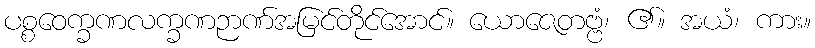
ပစ္စဝေက္ခဏလက္ခဏဉာဏ်အမြင်တိုင်အောင်။ ယောဇေတဗ္ဗံ၊ ၏။ အယံ၊ ကား။